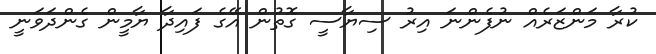
ކުރާ މަންޒަރެއް ނުފެންނަ އިރު ސިޔާސީ ގޮތުން އޭގެ ފައިދާ ޔާމީން ގެންދަވަނީ